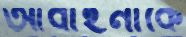
আবাহনীকে